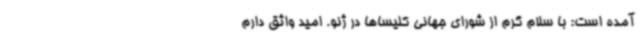
آمده است: با سلام گرم از شورای جهانی کلیساها در ژنو. امید واثق دارم